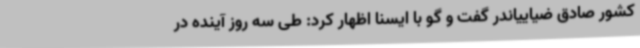
کشور صادق ضیاییاندر گفت و گو با ایسنا اظهار کرد: طی سه روز آینده در